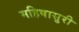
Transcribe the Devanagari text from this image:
महिषासुरी